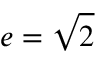
e = { \sqrt { 2 } }